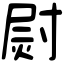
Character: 㷉